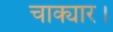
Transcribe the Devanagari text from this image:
चाक्यार।